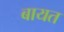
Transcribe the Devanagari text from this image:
बायत